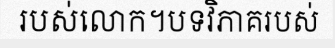
របស់លោក។បទវិភាគរបស់